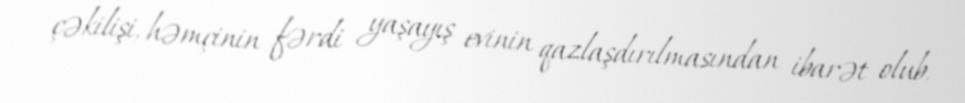
çəkilişi, həmçinin fərdi yaşayış evinin qazlaşdırılmasından ibarət olub.